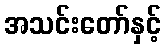
အသင်းတော်နှင့်